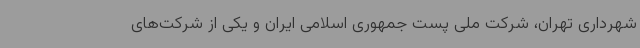
شهرداری تهران، شرکت ملی پست جمهوری اسلامی ایران و یکی از شرکت‌های